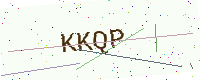
Text: KKQP